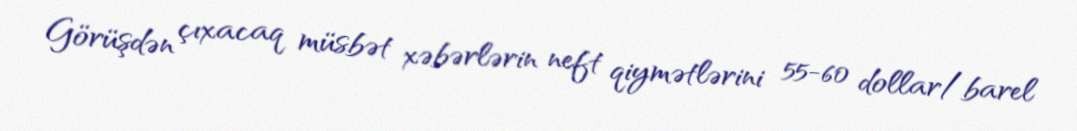
Görüşdən çıxacaq müsbət xəbərlərin neft qiymətlərini 55-60 dollar/barel